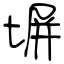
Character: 塀